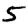
Digit: 5